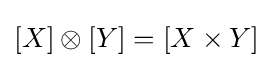
[X]\otimes [Y]=[X\times Y]